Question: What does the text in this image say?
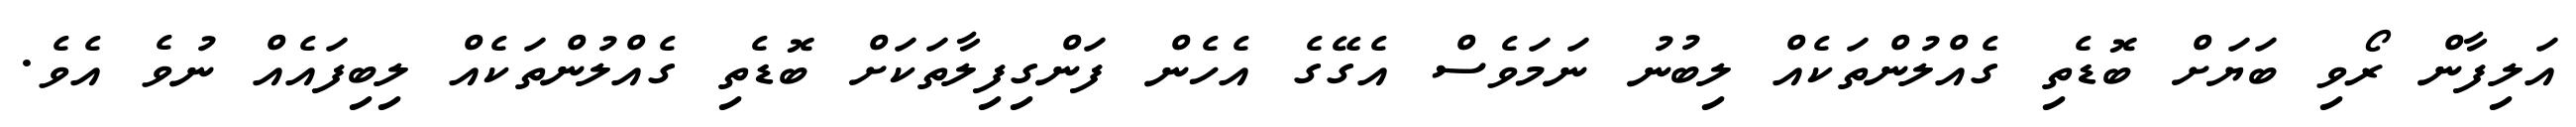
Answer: އަލިފާން ރޯވި ބަޔަށް ބޮޑެތި ގެއްލުންތަކެއް ލިބުނު ނަމަވެސް އެގޭގެ އެހެން ފަންގިފިލާތަކަށް ބޮޑެތި ގެއްލުންތަކެއް ލިބިފައެއް ނުވެ އެވެ.